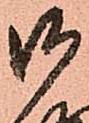
御